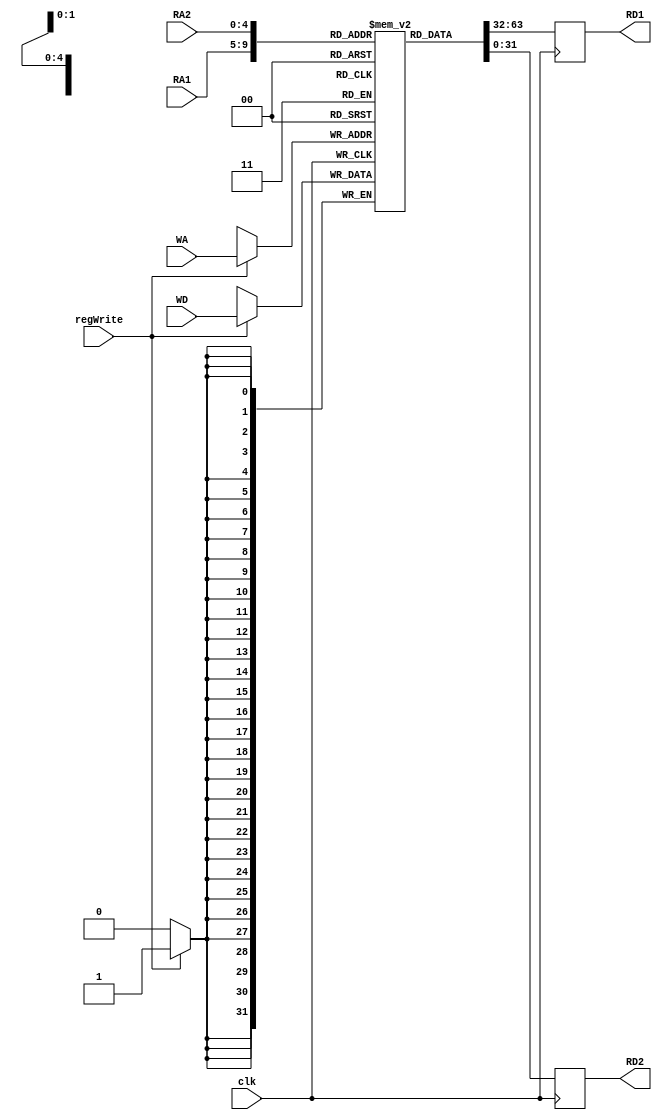
`timescale 1ns / 1ps

module register_bank(
    input clk,
    input regWrite,
    input [4:0] RA1,
    input [4:0] RA2,
    input [4:0] WA,
    input [31:0] WD,
    output reg [31:0] RD1,
    output reg [31:0] RD2
    );
    
    reg [31:0] registers [0:31];
    integer i;
    
    initial
        begin
            for( i=0; i < 32; i = i + 1)
            begin
                registers[i] = i;
            end
        end
    always@(posedge clk)
        begin
            RD1 = registers[RA1];
            RD2 = registers[RA2];
            if(regWrite)
                registers[WA] = WD;
        end
endmodule